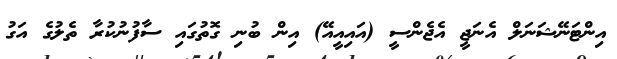
އިންޓަނޭޝަނަލް އެނަޖީ އެޖެންސީ (އައިއީއޭ) އިން ބުނި ގޮތުގައި ސާފުނުކުރާ ތެލުގެ އަގު